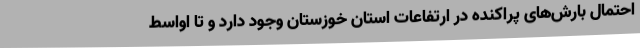
احتمال بارش‌های پراکنده در ارتفاعات استان خوزستان وجود دارد و تا اواسط